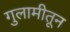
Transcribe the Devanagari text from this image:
गुलामीतून